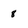
Character: 8